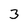
Character: 3